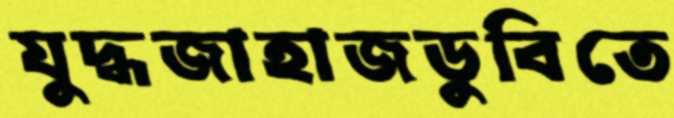
যুদ্ধজাহাজডুবিতে